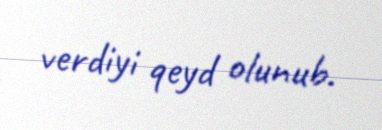
verdiyi qeyd olunub.